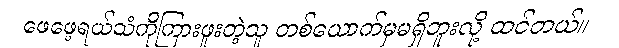
ဖေဖေ့ရယ်သံကိုကြားဖူးတဲ့သူ တစ်ယောက်မှမရှိဘူးလို့ ထင်တယ်။